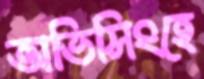
অভিসিংহে